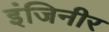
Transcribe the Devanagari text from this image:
इंजिनीर